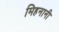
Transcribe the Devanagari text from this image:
मिहनानी